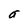
Character: a